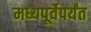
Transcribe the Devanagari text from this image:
मध्यपूर्वेपर्यंत